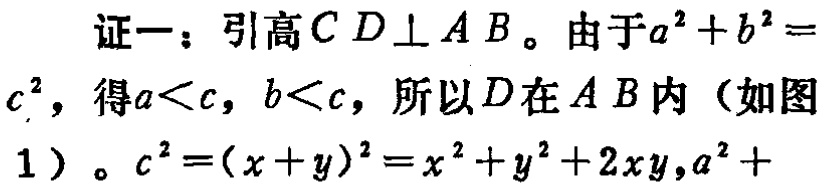
证一：引高\(CD\perp AB\)。由于\(a^{2}+b^{2}=c^{2}\)，得\(a < c\)，\(b < c\)，所以\(D\)在\(AB\)内（如图1）。\(c^{2}=(x + y)^{2}=x^{2}+y^{2}+2xy\)，\(a^{2}+\)